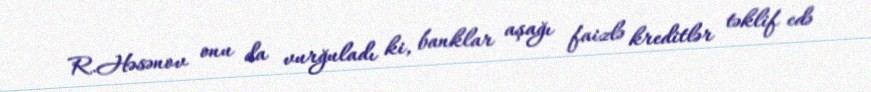
R.Həsənov onu da vurğuladı ki, banklar aşağı faizlə kreditlər təklif edə